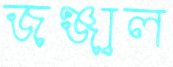
জঞ্জাল